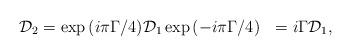
LaTeX: \begin{align*}{\cal D}_2 = \exp{(i \pi \Gamma/4)} {\cal D}_1 \exp{(-i \pi \Gamma/4)}~~=i{\Gamma}{\cal D}_1,\end{align*}